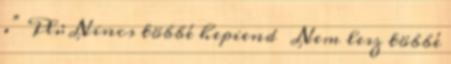
.” Pl.: Nincs többé hepiend Nem lesz többé